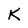
Character: K